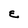
Character: E